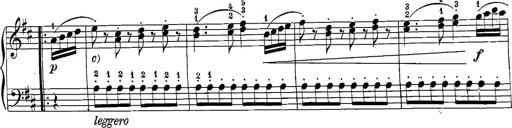
Title: 12 Sonatinas
Composer: Ignaz Pleyel